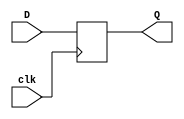
`timescale 1ns / 1ps
//////////////////////////////////////////////////////////////////////////////////
// Company: 
// Engineer: 
// 
// Design Name: 
// Module Name: D_FF_neg
// Project Name: 
// Target Devices: 
// Tool Versions: 
// Description: 
// 
// Dependencies: 
// 
// Revision:
// Revision 0.01 - File Created
// Additional Comments:
// 
//////////////////////////////////////////////////////////////////////////////////


module D_FF_neg(
input D,clk,
output reg Q


    );
    
    
    always @(negedge clk)
    begin
    Q=D;
    
    end
endmodule